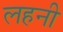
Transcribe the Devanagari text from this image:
लहनी